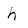
Character: h